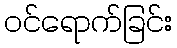
ဝင်ရောက်ခြင်း